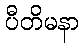
ပီတိမနာ